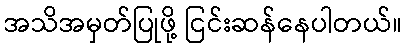
အသိအမှတ်ပြုဖို့ ငြင်းဆန်နေပါတယ်။